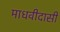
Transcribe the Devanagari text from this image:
माधवीदासी